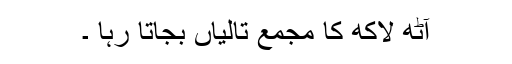
آٹھ لاکھ کا مجمع تالیاں بجاتا رہا ۔